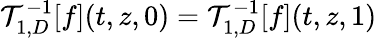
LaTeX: \begin{array}{r}{\mathcal{T}_{1,D}^{-1}[f](t,z,0)=\mathcal{T}_{1,D}^{-1}[f](t,z,1)}\end{array}